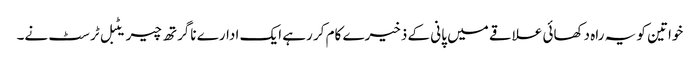
خواتین کو یہ راہ دکھائی علاقے میں پانی کے ذخیرے کام کر رہے ایک ادارے ناگرتھ چیریٹبل ٹرسٹ نے۔